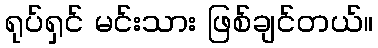
ရုပ်ရှင် မင်းသား ဖြစ်ချင်တယ်။